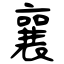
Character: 襄